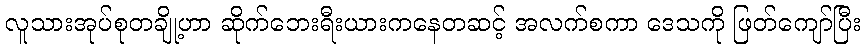
လူသားအုပ်စုတချို့ဟာ ဆိုက်ဘေးရီးယားကနေတဆင့် အလက်စကာ ဒေသကို ဖြတ်ကျော်ပြီး